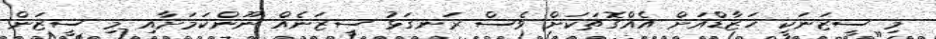
މި ސީޒަނަކީ ހަޒާޑްއަށް އެއްގޮތަކަށް ވެސް ރަނގަޅު ސީޒަނެއް ނޫންކަމަށާއި މި ސީޒަން